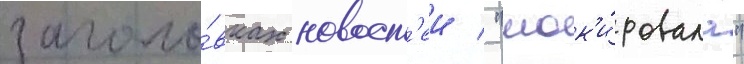
заголо́вках новост'еи / "шок'и́ровала"